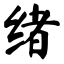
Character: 绪